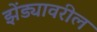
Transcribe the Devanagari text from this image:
झेंड्यावरील